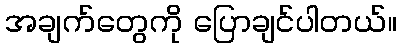
အချက်တွေကို ပြောချင်ပါတယ်။